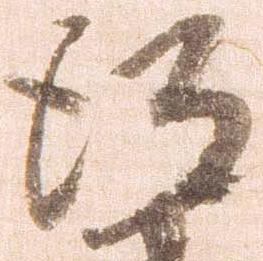
得